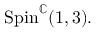
\mathrm { S p i n } ^ { \mathbb { C } } ( 1 , 3 ) .